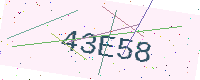
Text: 43E58